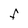
Character: F